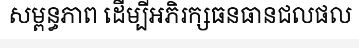
សម្ពន្ធភាព ដើម្បីអភិរក្សធនធានជលផល